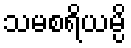
သမစရိယမ္ပိ